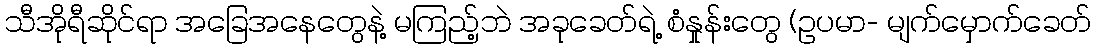
သီအိုရီဆိုင်ရာ အခြေအနေတွေနဲ့ မကြည့်ဘဲ အခုခေတ်ရဲ့ စံနှုန်းတွေ (ဥပမာ- မျက်မှောက်ခေတ်